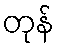
တုန်